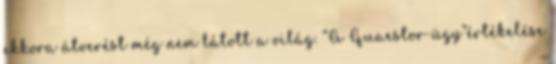
ekkora átverést még nem látott a világ. “A Quaestor-ügy”értékelése